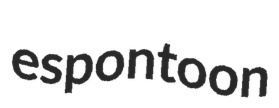
espontoon